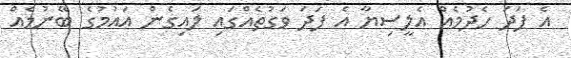
އެ ފަދަ ހެދުމެއް އެލީސިޔާ އެ ފަދަ ވަގުތެއްގައި ލައިގެން އައުމުގެ ބޭނުމެއް